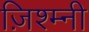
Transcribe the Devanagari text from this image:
ज़िश्म्नी